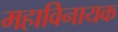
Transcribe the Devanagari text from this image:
महाविनायक